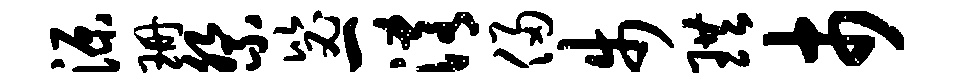
源珊祭毖一淆侵步珙市